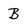
Character: B